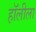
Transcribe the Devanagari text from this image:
हॉलीला